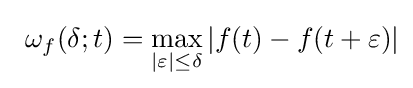
\left.\right.\omega _{f}(\delta ;t)=\max _{|\varepsilon |\leq \delta }|f(t)-f(t+\varepsilon )|